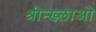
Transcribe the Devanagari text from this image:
श्रीन्ख्लाओ